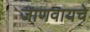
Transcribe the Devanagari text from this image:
जाणवायचे